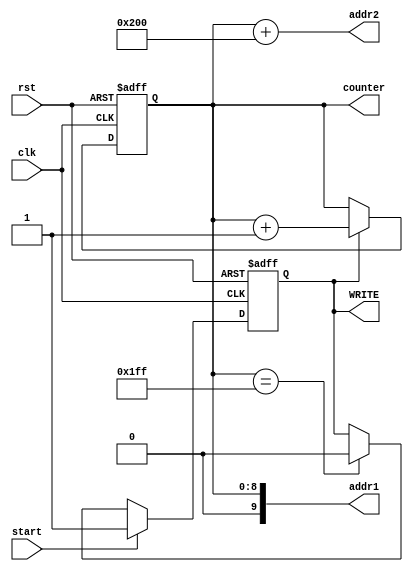
module TRANS_ADDR (start,clk,rst,addr1,addr2,WRITE,counter);
input      start;
input      clk,rst;
output [9:0]    addr1,addr2;
//internal connections
output reg [8:0] counter;
output reg WRITE;
//latch (Level Sensitive Device)
always @(posedge clk or negedge rst)
 begin
	if (!rst)
	begin	WRITE<=1'b0; counter<=0; end
	else 
		begin
			if (start)
				WRITE<=1'b1;
			else if (counter==511)
				WRITE<=1'b0;		
			if (WRITE)
				counter<=counter+9'b1;
		end
 end 
assign addr1={1'b0,counter};
assign addr2=counter+10'b1000000000;
endmodule